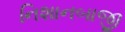
નિશાનબાજી